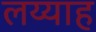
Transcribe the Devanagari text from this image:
लय्याह